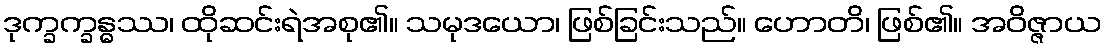
ဒုက္ခက္ခန္ဓဿ၊ ထိုဆင်းရဲအစု၏။ သမုဒယော၊ ဖြစ်ခြင်းသည်။ ဟောတိ၊ ဖြစ်၏။ အဝိဇ္ဇာယ